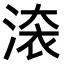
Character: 𣸳